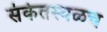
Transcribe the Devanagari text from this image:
संकेतस्थळच